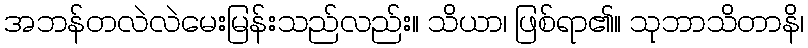
အဘန်တလဲလဲမေးမြန်းသည်လည်း။ သိယာ၊ ဖြစ်ရာ၏။ သုဘာသိတာနိ၊